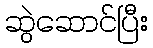
ဆွဲဆောင်ပြီး